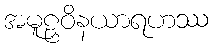
အမူဠှဝိနယာရဟဿ